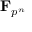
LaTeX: \mathbf { F } _ { p ^ { n } }